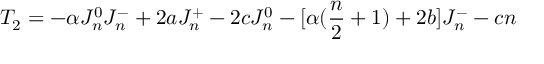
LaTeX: T _ { 2 } = - \alpha J _ { n } ^ { 0 } J _ { n } ^ { - } + 2 a J _ { n } ^ { + } - 2 c J _ { n } ^ { 0 } - [ \alpha ( { \frac { n } { 2 } } + 1 ) + 2 b ] J _ { n } ^ { - } - c n